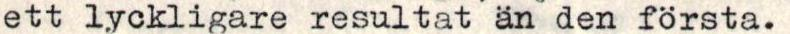
ett lyckligare resultat än den första.